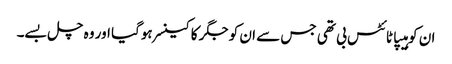
ان کو ہیپاٹائٹس بی تھی جس سے ان کو جگر کا کینسر ہوگیا اور وہ چل بسے۔